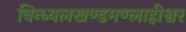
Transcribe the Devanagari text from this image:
विन्ध्यलखण्डमण्लाहीश्वर